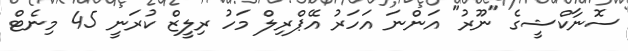
ސޮނާކްޝީގެ "ނޫރު" އަންނަ އަހަރު އޭޕްރިލް މަހު ރިލީޒް ކުރަނީ 45 މިނެޓް